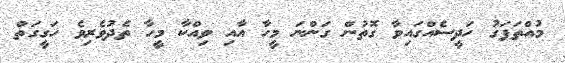
މުއްތަފަގު ހަދީސެއްގައިވާ ގޮތުން ގަންނަ މީހާ އާއި ވިއްކާ މީހާ ތެދުވެރިވެ ހަގީގަތް